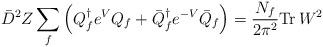
LaTeX: \begin{align*}\bar{D}^2 Z \sum_{f}\left({Q}^\dagger_f e^{V}{Q}_f + \bar{Q}^\dagger_{f} e^{-V}\bar{Q}_f \right) = \frac{N_f}{2\pi^2} {\rm Tr}\, W^2\end{align*}